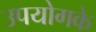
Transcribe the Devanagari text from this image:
उपयोगके